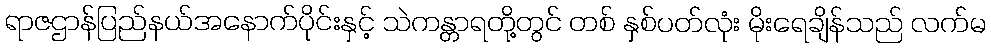
ရာဇဌာန်ပြည်နယ်အနောက်ပိုင်းနှင့် သဲကန္တာရတို့တွင် တစ် နှစ်ပတ်လုံး မိုးရေချိန်သည် လက်မ